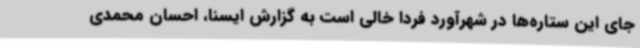
جای این ستاره‌ها در شهرآورد فردا خالی است به گزارش ایسنا، احسان محمدی